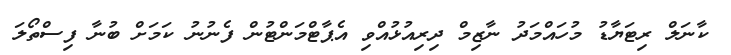
ކާނަލް ރިޓަޔާޑު މުހައްމަދު ނާޒިމް ދިރިއުޅުއްވި އެޕާޓްމަންޓުން ފެނުނު ކަމަށް ބުނާ ފިސްތޯލަ